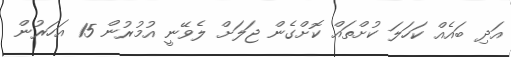
އަދި ބައެއް ކަހަލަ ކުށްތައް ކޮށްގެން ޖަލަށް ލެވޭނީ އުމުރުން 15 އަހަރުން